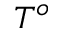
T ^ { o }